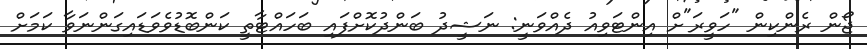
ޖޯން ރެންކިން "ހަވީރަ"ށް އިންޓަވިއު ދެއްވަނީ: ނަޝީދު ބަންދުކޮށްފައި ބަހައްޓާތީ ކަންބޮޑުވެވަޑައިގަންނަވާ ކަމަށް